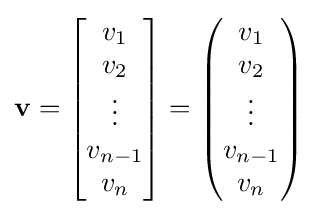
\mathbf {v} ={\begin{bmatrix}v_{1}\\v_{2}\\\vdots \\v_{n-1}\\v_{n}\end{bmatrix}}={\begin{pmatrix}v_{1}\\v_{2}\\\vdots \\v_{n-1}\\v_{n}\end{pmatrix}}